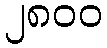
၂၈၀၀